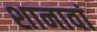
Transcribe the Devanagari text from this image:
शानावां